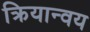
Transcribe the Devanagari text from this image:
क्रियान्वय